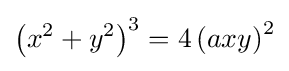
\left(x^{2}+y^{2}\right)^{3}=4\left(axy\right)^{2}